Indian journal of veterinary science and animal husbandry - Volume 4,
Year: 1934
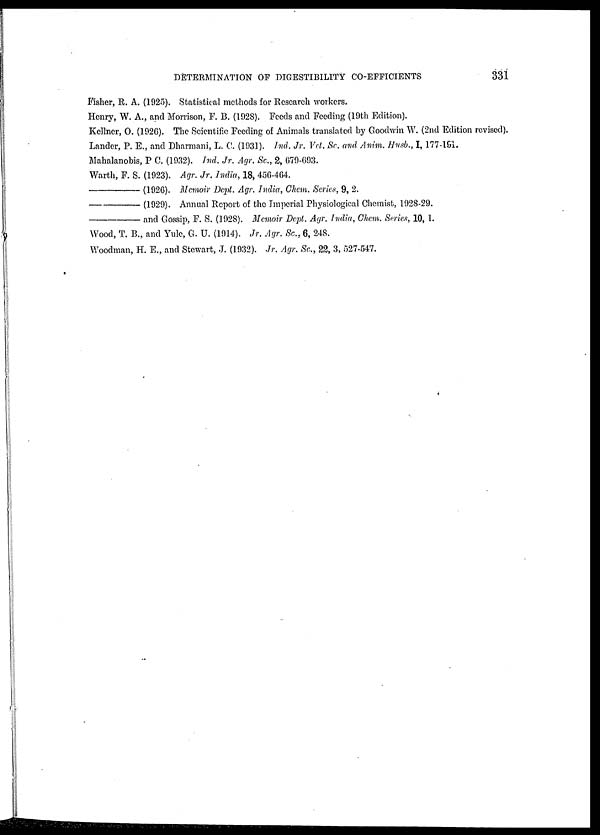
DETERMINATION OF DIGESTIBILITY CO-EFFICIENTS
331
Fisher, R. A. (1925). Statistical methods for Research workers.
Henry, W. A., and Morrison, F. B. (1928). Feeds and Feeding (19th Edition).
Kellner, O. (1926). The Scientific Feeding of Animals translated by Goodwin W. (2nd Edition revised).
Lander, P. E., and Dharmani, L. C. (1931). Ind. Jr. Vet. Sc. and Anim. Husb., I, 177-191.
Mahalanobis, P C. (1932). Ind. Jr. Agr. Sc., 2, 679-693.
Warth, F. S. (1923). Agr. Jr. India, 18, 456-464.
—(1926).
Memoir Dept. Agr. India, Chem. Series, 9, 2.
—(1929).
Annual Report of the Imperial Physiological Chemist, 1928-29.
—and
Gossip, F. S. (1928). Memoir Dept. Agr. India, Chem. Series, 10, 1.
Wood, T. B., and Yule, G. U. (1914). Jr. Agr. Sc., 6, 248.
Woodman, H. E., and Stewart, J. (1932). Jr. Agr. Sc., 22, 3, 527-547.